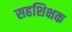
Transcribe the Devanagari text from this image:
सहशिक्षक